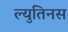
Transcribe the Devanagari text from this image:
ल्युतिनस